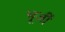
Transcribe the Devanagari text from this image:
भूर्जी